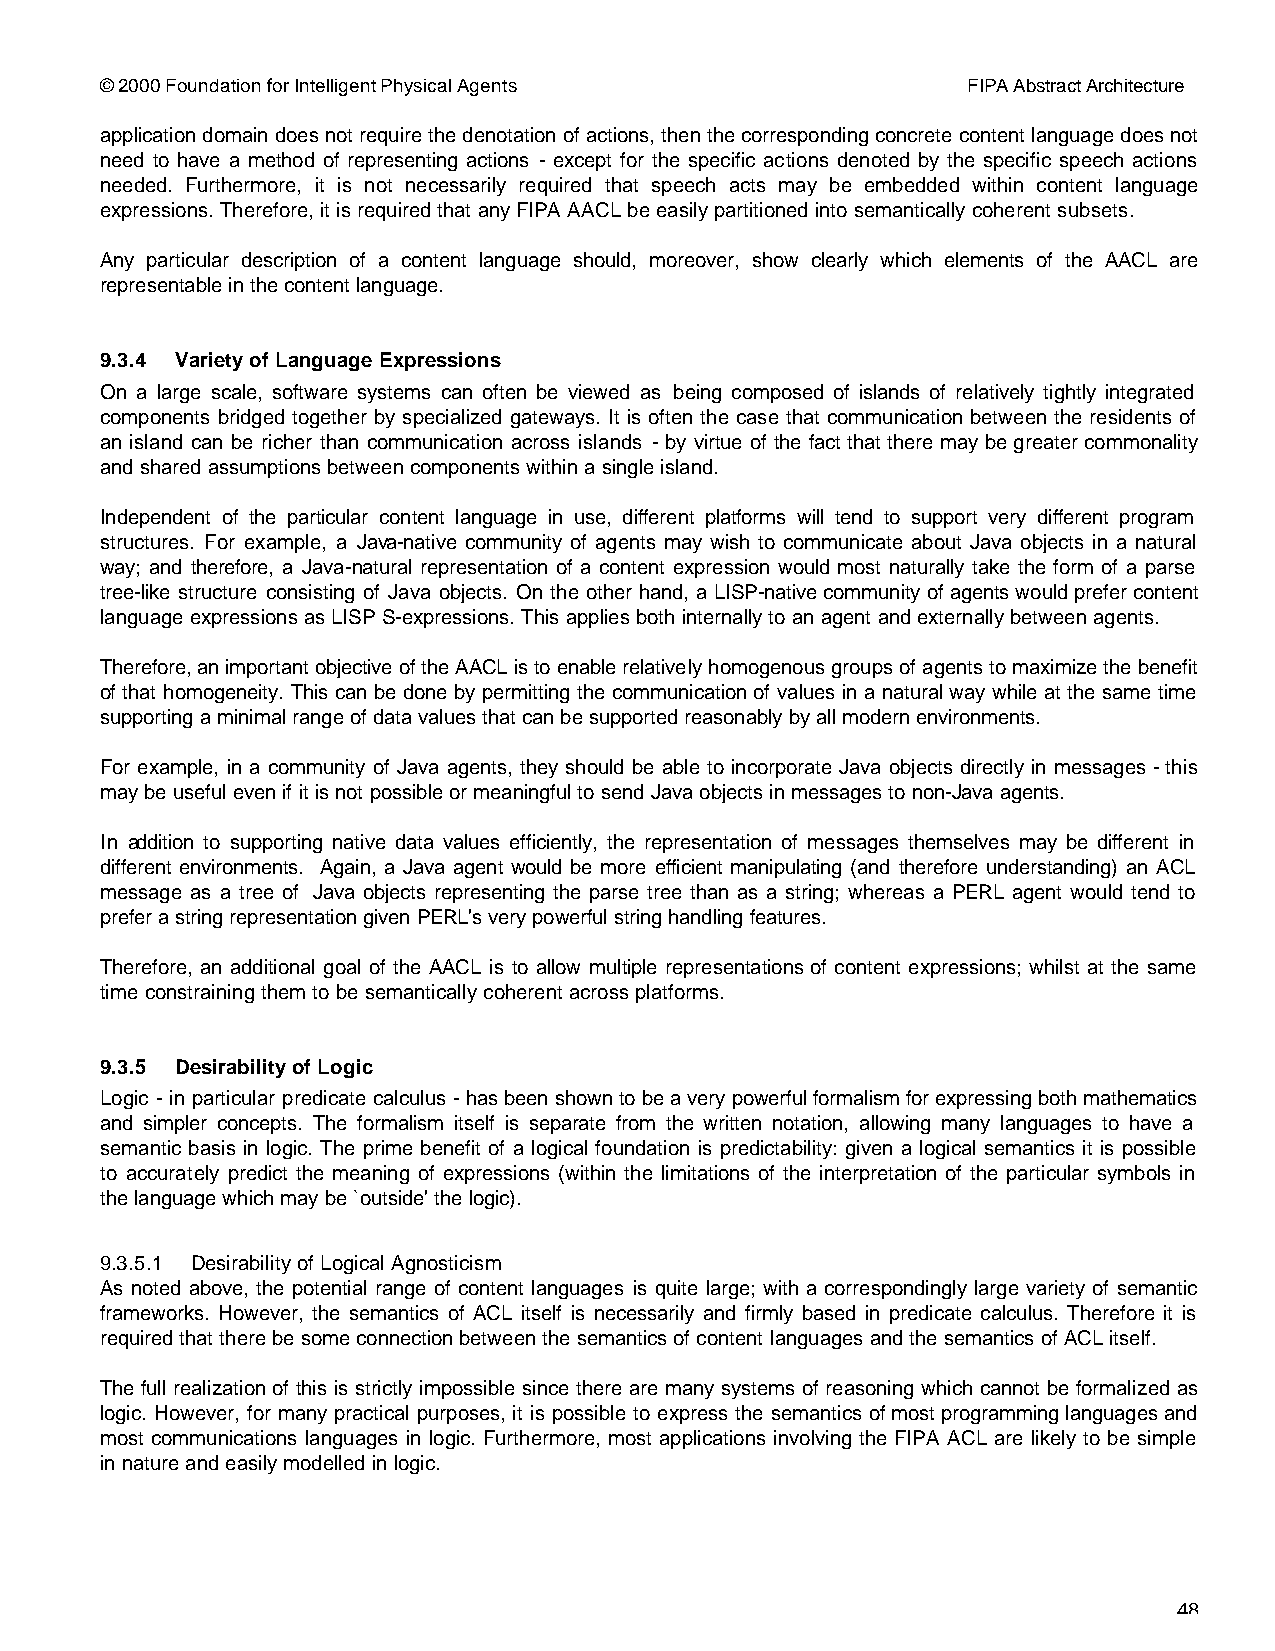
© 2000 Foundation for Intelligent Physical Agents        FIPA Abstract Architecture
 application domain does not require the denotation of actions, then the corresponding concrete content language does not
 need to have a method of representing actions - except for the specific actions denoted by the specific speech actions
 needed. Furthermore, it is not necessarily required that speech acts may be embedded within content language
 expressions. Therefore, it is required that any FIPA AACL be easily partitioned into semantically coherent subsets.
 Any particular description of a content language should, moreover, show clearly which elements of the AACL are
 representable in the content language.
 9.3.4 Variety of Language Expressions
 On a large scale, software systems can often be viewed as being composed of islands of relatively tightly integrated
 components bridged together by specialized gateways. It is often the case that communication between the residents of
 an island can be richer than communication across islands - by virtue of the fact that there may be greater commonality
 and shared assumptions between components within a single island.
 Independent of the particular content language in use, different platforms will tend to support very different program
 structures. For example, a Java-native community of agents may wish to communicate about Java objects in a natural
 way; and therefore, a Java-natural representation of a content expression would most naturally take the form of a parse
 tree-like structure consisting of Java objects. On the other hand, a LISP-native community of agents would prefer content
 language expressions as LISP S-expressions. This applies both internally to an agent and externally between agents.
 Therefore, an important objective of the AACL is to enable relatively homogenous groups of agents to maximize the benefit
 of that homogeneity. This can be done by permitting the communication of values in a natural way while at the same time
 supporting a minimal range of data values that can be supported reasonably by all modern environments.
 For example, in a community of Java agents, they should be able to incorporate Java objects directly in messages - this
 may be useful even if it is not possible or meaningful to send Java objects in messages to non-Java agents.
 In addition to supporting native data values efficiently, the representation of messages themselves may be different in
 different environments. Again, a Java agent would be more efficient manipulating (and therefore understanding) an ACL
 message as a tree of Java objects representing the parse tree than as a string; whereas a PERL agent would tend to
 prefer a string representation given PERL's very powerful string handling features.
 Therefore, an additional goal of the AACL is to allow multiple representations of content expressions; whilst at the same
 time constraining them to be semantically coherent across platforms.
 9.3.5 Desirability of Logic
 Logic - in particular predicate calculus - has been shown to be a very powerful formalism for expressing both mathematics
 and simpler concepts. The formalism itself is separate from the written notation, allowing many languages to have a
 semantic basis in logic. The prime benefit of a logical foundation is predictability: given a logical semantics it is possible
 to accurately predict the meaning of expressions (within the limitations of the interpretation of the particular symbols in
 the language which may be `outside' the logic).
 9.3.5.1 Desirability of Logical Agnosticism
 As noted above, the potential range of content languages is quite large; with a correspondingly large variety of semantic
 frameworks. However, the semantics of ACL itself is necessarily and firmly based in predicate calculus. Therefore it is
 required that there be some connection between the semantics of content languages and the semantics of ACL itself.
 The full realization of this is strictly impossible since there are many systems of reasoning which cannot be formalized as
 logic. However, for many practical purposes, it is possible to express the semantics of most programming languages and
 most communications languages in logic. Furthermore, most applications involving the FIPA ACL are likely to be simple
 in nature and easily modelled in logic.
 48